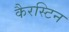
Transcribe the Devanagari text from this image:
कैरस्टिन